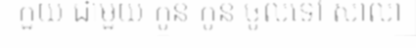
កួយ ជាមួយ កូន កូន ចូលទៅ សាលា